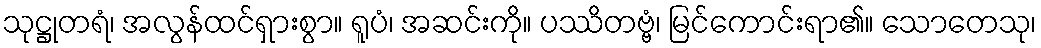
သုဋ္ဌုတရံ၊ အလွန်ထင်ရှားစွာ။ ရူပံ၊ အဆင်းကို။ ပဿိတဗ္ဗံ၊ မြင်ကောင်းရာ၏။ သောတေသု၊